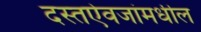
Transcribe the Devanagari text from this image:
दस्तऐवजांमधील